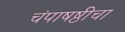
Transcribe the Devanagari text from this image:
चंपाषष्ठीचा